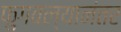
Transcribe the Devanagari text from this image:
फुगवल्यानंतर